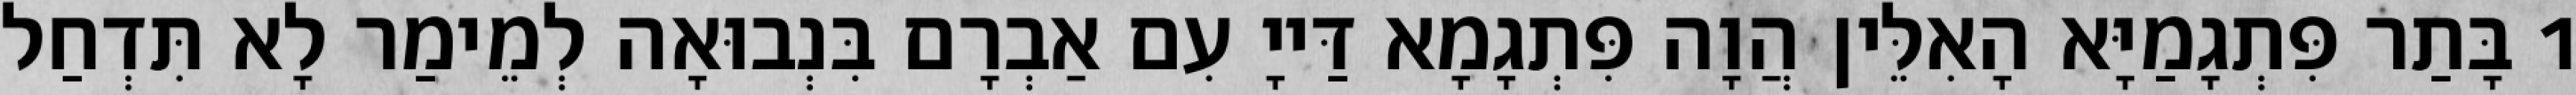
1 בָּתַר פִּתְגָמַיָּא הָאִלֵּין הֲוָה פִּתְגָמָא דַּייָ עִם אַבְרָם בִּנְבוּאָה לְמֵימַר לָא תִּדְחַל